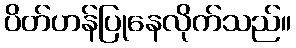
ပိတ်ဟန်ပြုနေလိုက်သည်။